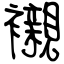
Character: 襯